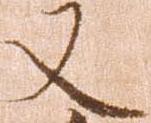
又